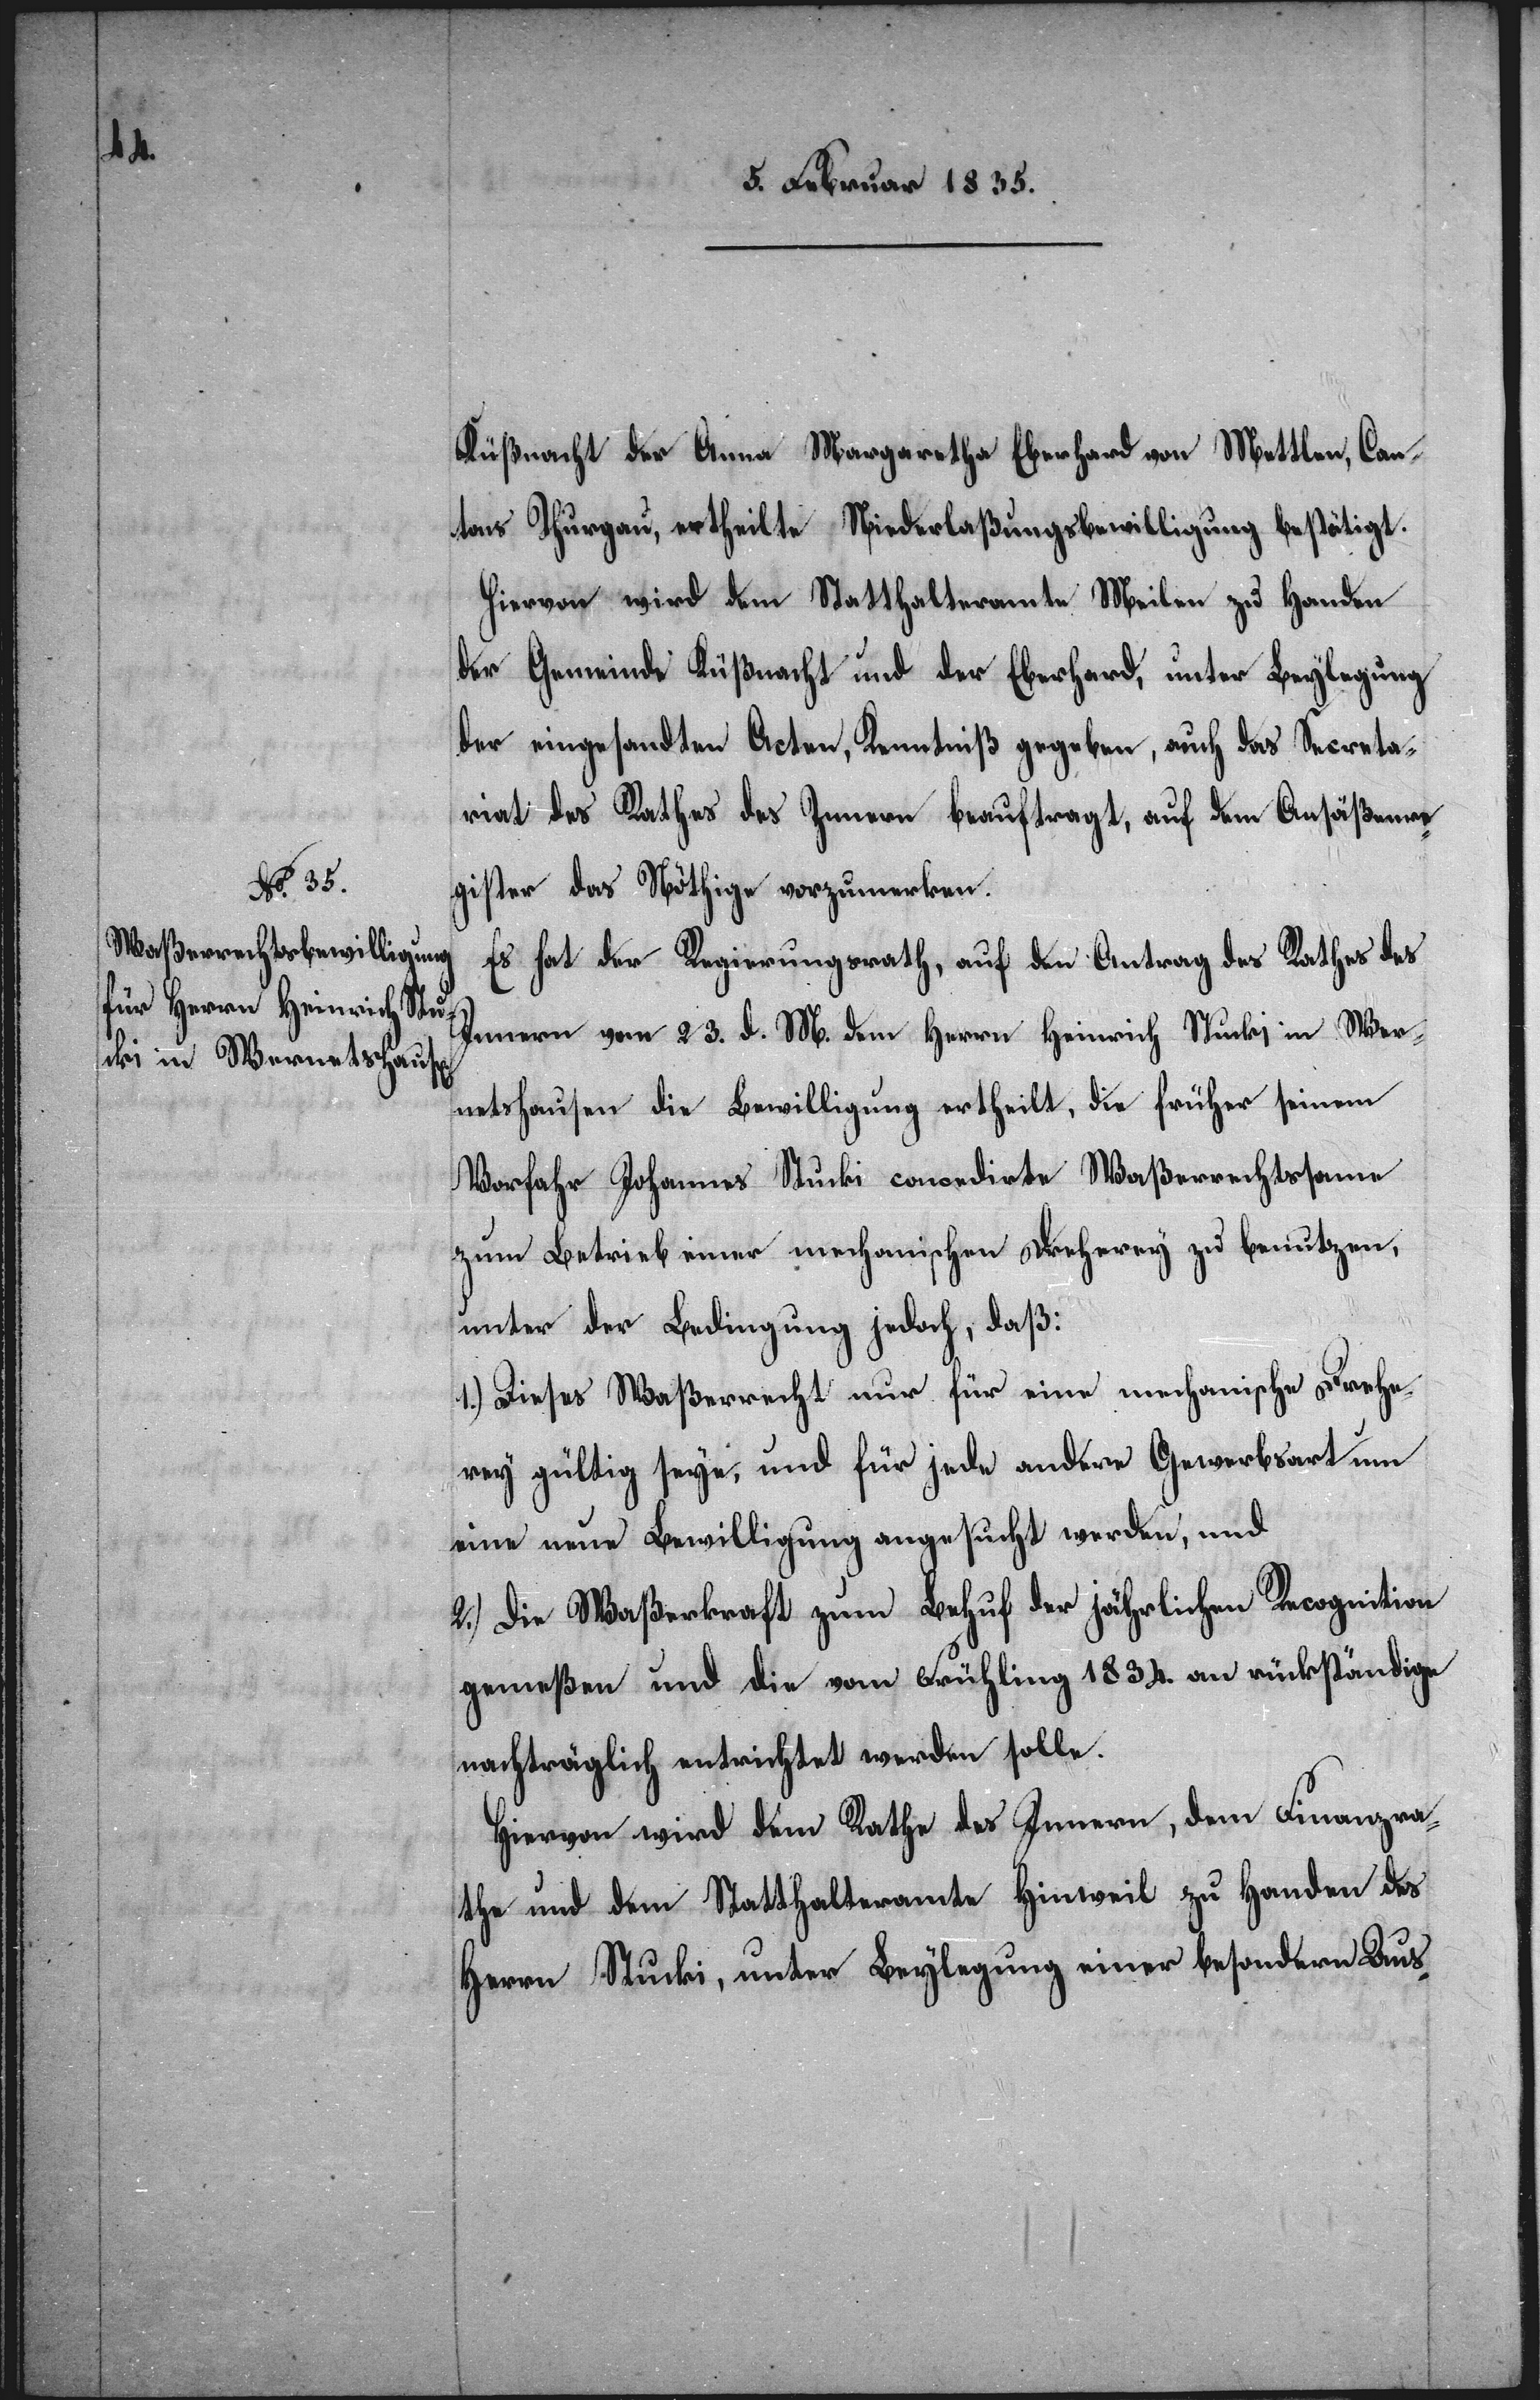
Küßnacht der Anna Margaretha Eberhard von Mettlen, Can¬
tons Thurgau, ertheilte Niederlaßungsbewilligung bestätigt.
Hiervon wird dem Statthalteramte Meilen zu Handen
der Gemeinde Küßnacht und der Eberhard, unter Beylegung
der eingesandten Acten, Kenntniß gegeben, auch das Secreta¬
riat des Rathes des Innern beauftragt, auf dem Ansäßenre¬
gister das Nöthige vorzumerken.
Es hat der Regierungsrath, auf den Antrag des Rathes des
Innern vom 23. d. M. dem Herrn Heinrich Stucki in Wer¬
netshausen die Bewilligung ertheilt, die früher seinem
Vorfahr Johannes Stucki concedirte Waßerrechtssame
zum Betrieb einer mechanischen Dreherey zu benutzen,
unter der Bedingung jedoch, daß:
1.) Dieses Waßerrecht nur für eine mechanische Drehe¬
rey gültig seye, und für jede andere Gewerbsart um
eine neue Bewilligung angesucht werden, und
2.) Die Waßerkraft zum Behuf der jährlichen Recognition
gemeßen und die vom Frühling 1834. an rückständige
nachträglich entrichtet werden solle.
Hiervon wird dem Rathe des Innern, dem Finanzra¬
the und dem Statthalteramte Hinweil zu Handen des
Herrn Stucki, unter Beylegung einer besondern Aus-